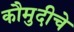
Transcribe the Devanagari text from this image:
कौमुदीचे